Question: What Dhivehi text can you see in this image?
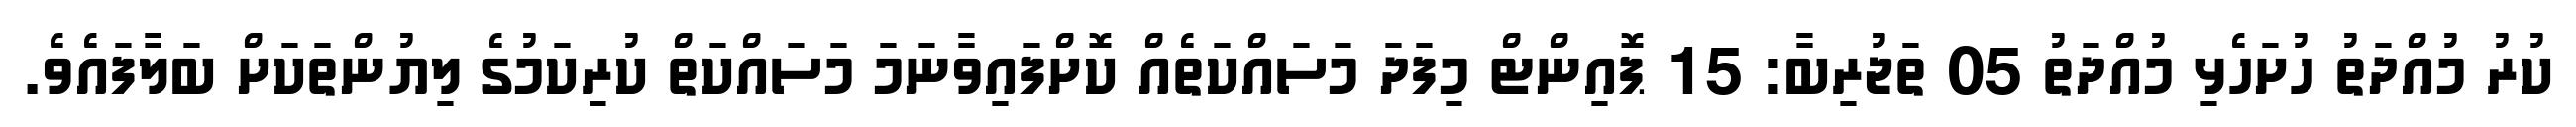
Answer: ކުރު މުއްދަތު ހުށަހެޅި މުއްދަތު 05 ތަޖުރިބާ: 15 ޕޮއިންޓް މިފަދަ މަސައްކަތެއް ކޮށްފައިވާނަމަ މަސައްކަތް ކުރިކަމުގެ ލިޔުންތަކަށް ބަލާފައެވެ.